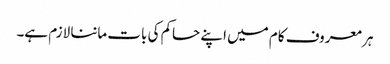
ہر معروف کام میں اپنے حاکم کی بات ماننا لازم ہے۔